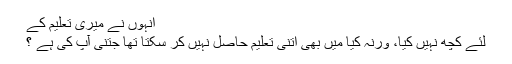
انہوں نے میری تعلیم کے
لئے کچھ نہیں کیا، ورنہ کیا میں بھی اتنی تعلیم حاصل نہیں کر سکتا تھا جتنی آپ کی ہے ؟